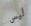
ليس